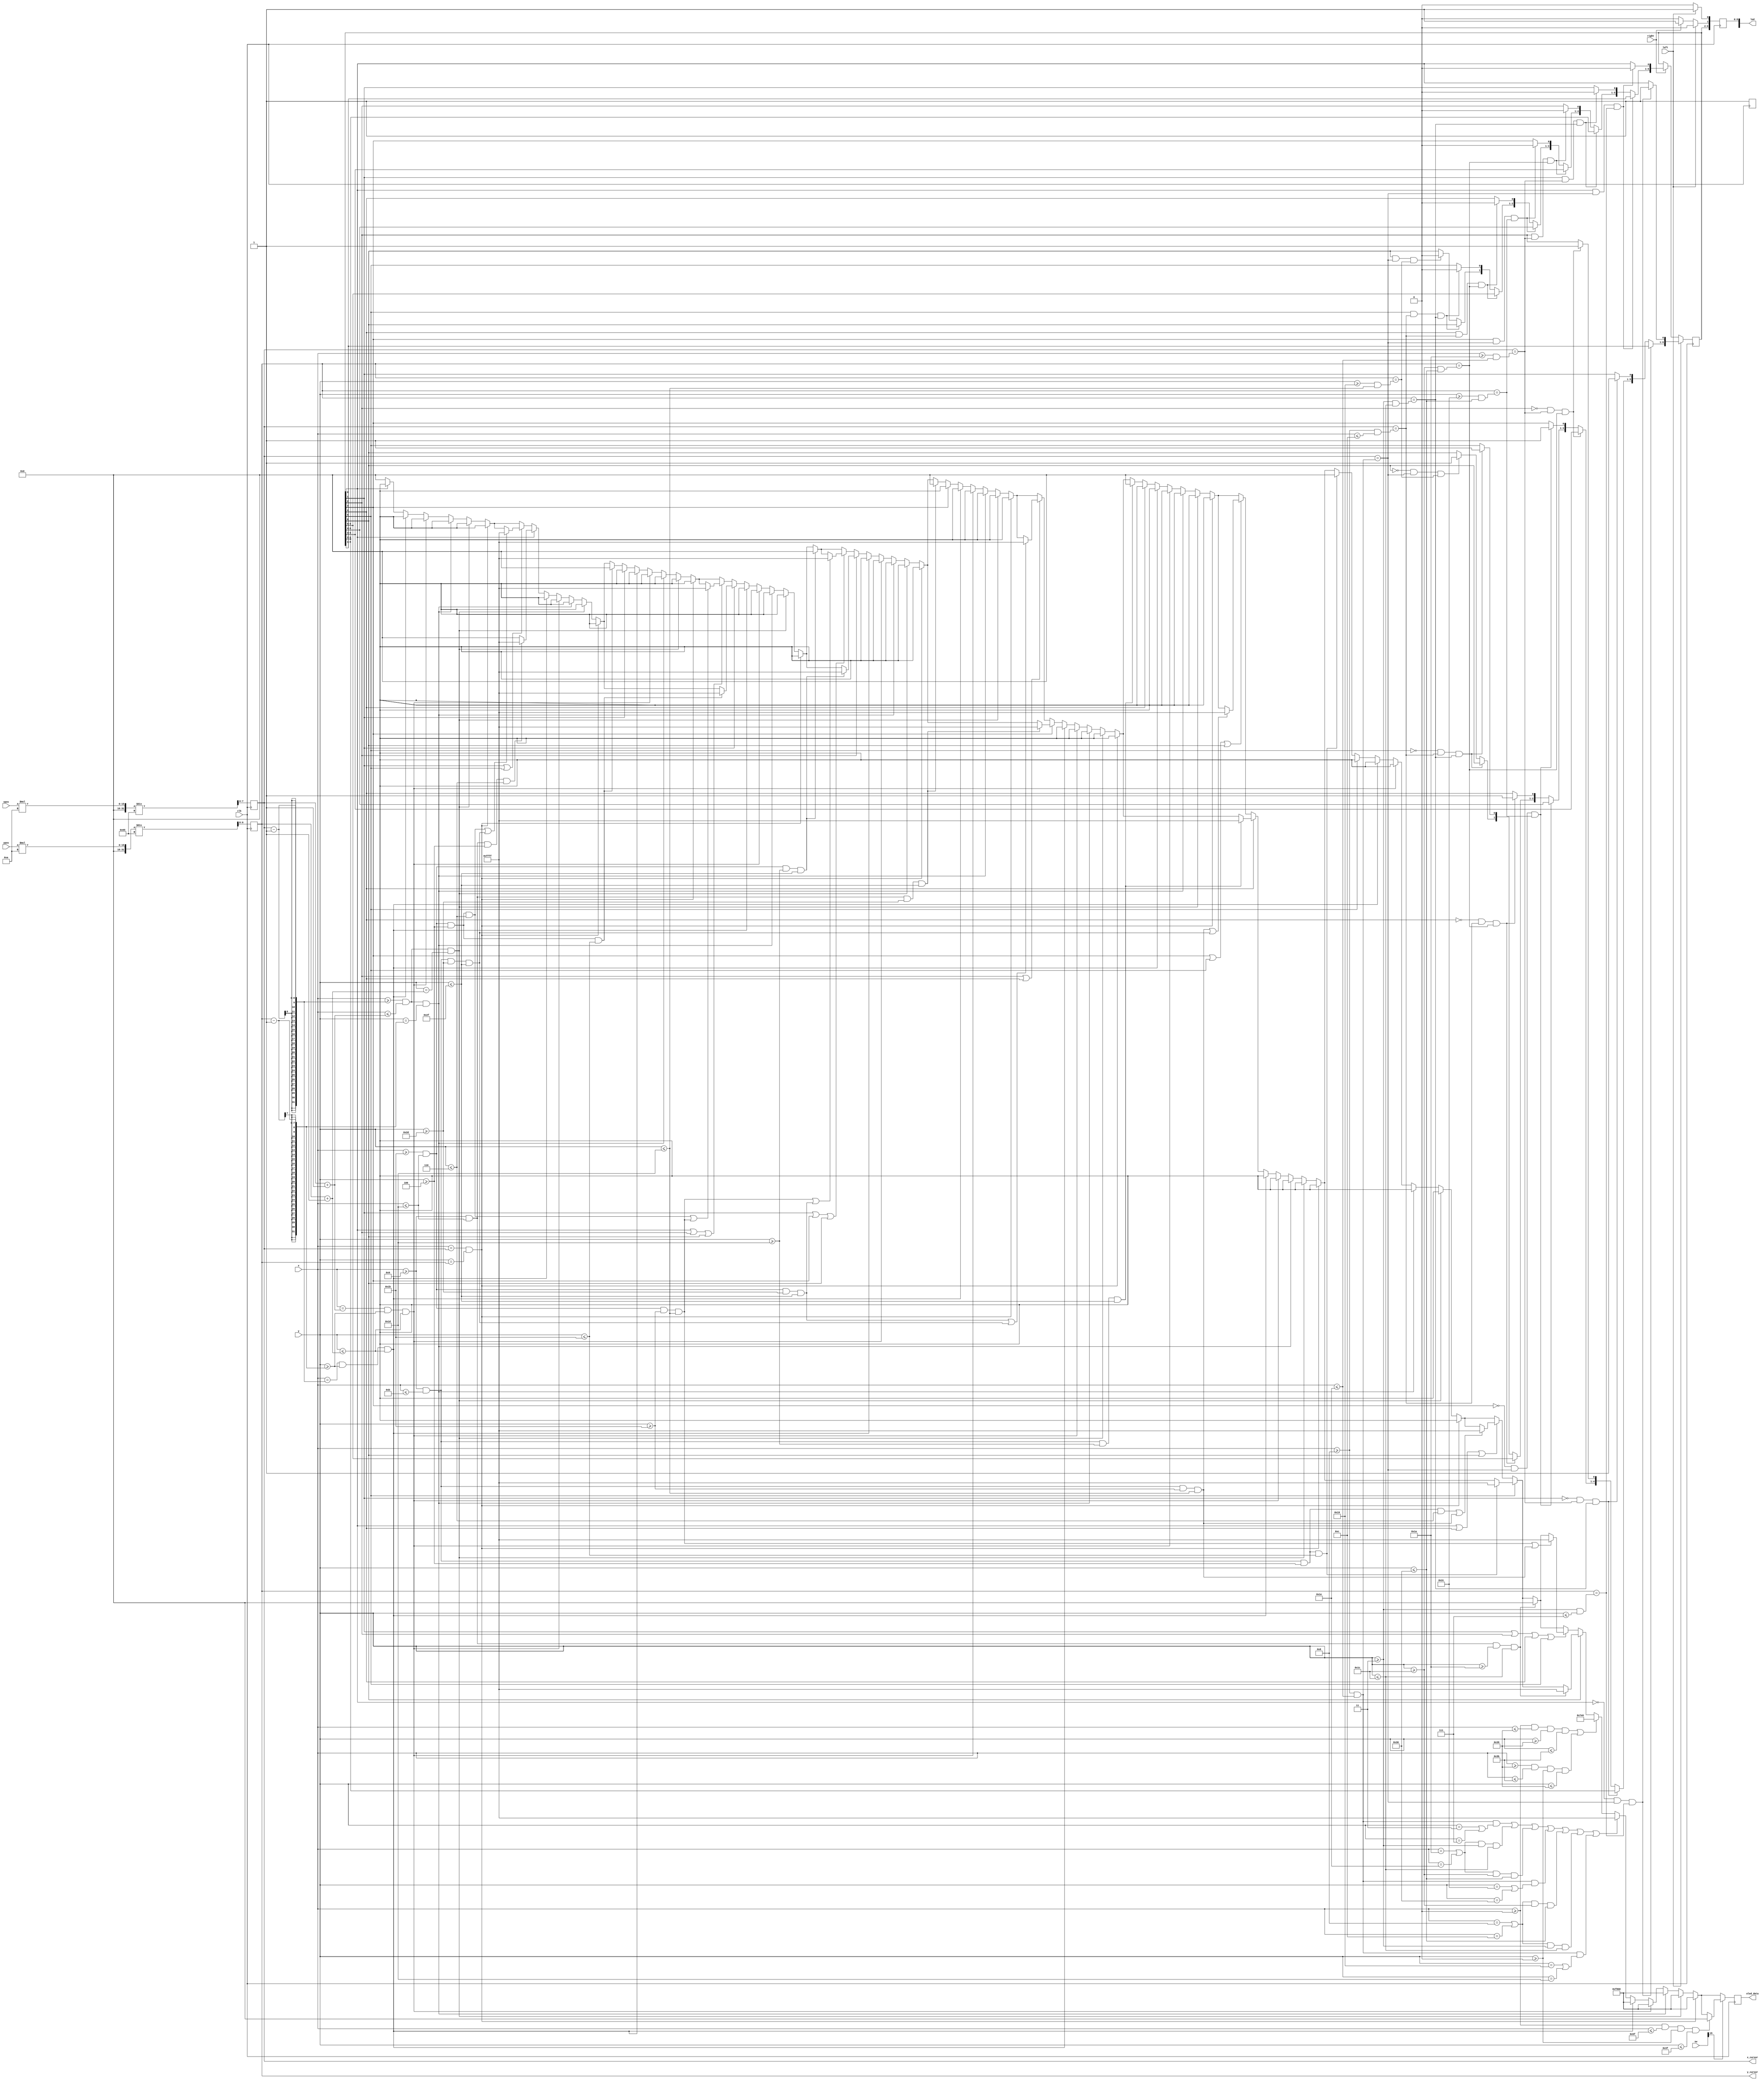
`timescale 1ns / 1ps

// TODO: incorporate the mouse directly here as the mouse functions differently in different apps
// TOOD: incorporate the audio in 

module integrated_project(
    input clk,             
    input [6:0] x,         
    input [5:0] y, 
    input [11:0] xpos,
    input [11:0] ypos,
    input left, right,
    input [15:0] sw,
    output reg [15:0]led,       
    output reg [15:0]oled_data,
//    output reg [3:0]correct_number
    // update cursors onto the main modules?
    output reg [7:0] x_cursor,
    output reg [6:0] y_cursor
    );
    integer i;
    
    // Mouse capabilities
    reg [6:0] mouse_click_reg = 7'b0;
    wire [6:0] mouse_click = mouse_click_reg; // mouse_click will take on the value of mouse_click_reg 
    
    // Audio
    reg [3:0] correct_number;
    
    wire entire_screen;
    assign entire_screen = (x>=0 && x <=95 && y>=0 && y <=63);
    
    wire border_horizontal, border_vertical, border;
    assign border_horizontal = (x>=0&&x<=57&&y>=57&&y<=59); // horizontal line
    assign border_vertical = (x>=57&&x<=59&&y>=0&&y<=57); // vertical line
    assign border = border_horizontal || border_vertical;
   
    wire [6:0] oled_seg;
    // segments are differ from outline by 1 pixel to prevent overlap
    assign oled_seg[0] = (x>=9&&x<=29&&y>=4&&y<=6);
    assign oled_seg[1] = (x>=27&&x<=29&&y>=4&&y<=27);
    assign oled_seg[2] = (x>=27&&x<=29&&y>=29&&y<=47);
    assign oled_seg[3] = (x>=9&&x<=29&&y>=45&&y<=47);
    assign oled_seg[4] = (x>=9&&x<=11&&y>=29&&y<=47);
    assign oled_seg[5] = (x>=9&&x<=11&&y>=4&&y<=27);
    assign oled_seg[6] = (x>=9&&x<=29&&y>=26&&y<=28);
    
    wire [5:0] squares;
    assign squares[0] = (x>=27&&x<=29&&y>=4&&y<=6);
    assign squares[1] = (x>=27&&x<=29&&y>=27&&y<=29);
    assign squares[2] = (x>=27&&x<=29&&y>=45&&y<=47);
    assign squares[3] = (x>=9&&x<=11&&y>=4&&y<=6);
    assign squares[4] = (x>=9&&x<=11&&y>=27&&y<=29);
    assign squares[5] = (x>=9&&x<=11&&y>=45&&y<=47);
    
    // 7-segment outlines (hard-coded)
    wire [6:0] oled_seg_outline;
    assign oled_seg_outline[0] = (x>=8&&x<=30&&(y==3||y==7));
    assign oled_seg_outline[1] = ((x==26||x==30)&&y>=3&&y<=28);
    assign oled_seg_outline[2] = ((x==26||x==30)&&y>=28&&y<=48);
    assign oled_seg_outline[3] = (x>=8&&x<=30&&(y==44||y==48));
    assign oled_seg_outline[4] = ((x==8||x==12)&&y>=28&&y<=48);
    assign oled_seg_outline[5] = ((x==8||x==12)&&y>=3&&y<=28);
    assign oled_seg_outline[6] = (x>=8&&x<=30&&(y==25||y==29));   
    wire oled_seg_outline_combined;
    assign oled_seg_outline_combined = oled_seg_outline[0] || oled_seg_outline[1] || oled_seg_outline[2] || oled_seg_outline[3] || oled_seg_outline[4] || oled_seg_outline[5] || oled_seg_outline[6];
     
    // numbers in 7-bit format to compare with mouse_click
    wire num0, num1, num2, num3, num4, num5, num6, num7, num8, num9;
    assign num0 = 7'b0;
    assign num1 = 7'b0000110;
    assign num2 = 7'b1011011;
    assign num3 = 7'b1001111;
    assign num4 = 7'b1100110;
    assign num5 = 7'b1101101;
    assign num6 = 7'b1111101;
    assign num7 = 7'b0000111;
    assign num8 = 7'b1111111;
    assign num9 = 7'b1100111;
       
    // assign colours for the oled screen
    wire [15:0] green, white, black, red;
    assign green = 16'b00000_111111_00000;
    assign red = 16'b11111_000000_00000;
    assign black = 16'b00000_000000_00000;
    assign white = 16'b11111_111111_11111;
    
    always @ (posedge clk) begin
        led[2] <= mouse_click_reg[0];
        led[3] <= mouse_click_reg[1];
        led[4] <= mouse_click_reg[2];
        led[5] <= mouse_click_reg[3];
        led[6] <= mouse_click_reg[4];
        led[7] <= mouse_click_reg[5];
        led[8] <= mouse_click_reg[6];
        led[14] <= 1; // test
        oled_data = black;        
        x_cursor <= (xpos * 10) / 101; 
        y_cursor <= (ypos * 10) / 101;
        
        // cursor click control
        if (left == 1) begin
            led[0] <= 1;
            led[1] <= 0;
            if ((mouse_click[0] == 0) && x_cursor == (x>=8&&x<=30) && y_cursor == (y>=3&&y<=7)) begin mouse_click_reg[0] = 1; end 
            else if ((mouse_click[1] == 0) && x_cursor == (x>=26&&x<=30) && y_cursor == (y>=3&&y<=28)) begin mouse_click_reg[1] = 1; end
            else if ((mouse_click[2] == 0) && x_cursor == (x>=26&&x<=30) && y_cursor == (y>=28&&y<=48)) begin mouse_click_reg[2] = 1; end
            else if ((mouse_click[3] == 0) && x_cursor == (x>=8&&x<=30) && y_cursor == (y>=44&&y<=48)) begin mouse_click_reg[3] = 1; end
            else if ((mouse_click[4] == 0) && x_cursor == (x>=8&&x<=12) && y_cursor == (y>=28&&y<=48)) begin mouse_click_reg[4] = 1; end
            else if ((mouse_click[5] == 0) && x_cursor == (x>=8&&x<=12) && y_cursor == (y>=3&&y<=28)) begin mouse_click_reg[5] = 1; end
            else if ((mouse_click[6] == 0) && x_cursor == (x>=8&&x<=30) && y_cursor == (y>=25&&y<=29)) begin mouse_click_reg[6] = 1; end
        end
        
        else if (right == 1) begin
            led[1] <= 1;
            led[0] <= 0;
            if ((mouse_click[0] == 1) && x_cursor == (x>=8&&x<=30) && y_cursor == (y>=3&&y<=7)) begin mouse_click_reg[0] = 0; end 
            else if ((mouse_click[1] == 1) && x_cursor == (x>=26&&x<=30) && y_cursor == (y>=3&&y<=28)) begin mouse_click_reg[1] = 0; end
            else if ((mouse_click[2] == 1) && x_cursor == (x>=26&&x<=30) && y_cursor == (y>=28&&y<=48)) begin mouse_click_reg[2] = 0; end
            else if ((mouse_click[3] == 1) && x_cursor == (x>=8&&x<=30) && y_cursor == (y>=44&&y<=48)) begin mouse_click_reg[3] = 0; end
            else if ((mouse_click[4] == 1) && x_cursor == (x>=8&&x<=12) && y_cursor == (y>=28&&y<=48)) begin mouse_click_reg[4] = 0; end
            else if ((mouse_click[5] == 1) && x_cursor == (x>=8&&x<=12) && y_cursor == (y>=3&&y<=28)) begin mouse_click_reg[5] = 0; end
            else if ((mouse_click[6] == 1) && x_cursor == (x>=8&&x<=30) && y_cursor == (y>=25&&y<=29)) begin mouse_click_reg[6] = 0; end
        end
        else begin
            led[0] <= 0;
            led[1] <= 0;
        end
        
        // cursor control
        if(x == x_cursor && y == y_cursor) begin // center dot of the cursor
          oled_data = 16'b11111_000000_00000;
        end 
        else if (x >= x_cursor-1 && x <= x_cursor+1 && y == y_cursor+1) begin
        // top row of the 3x3 cursor
            oled_data = 16'b11111_000000_00000;
        end
        else if (x >= x_cursor-1 && x <= x_cursor+1 && y == y_cursor-1) begin
        // bottom row of the 3x3 cursor
            oled_data = 16'b11111_000000_00000;
        end
        else if (x == x_cursor+1 && y >= y_cursor-1 && y <= y_cursor+1) begin
        // left column of the 3x3 cursor
            oled_data = 16'b11111_000000_00000;
        end
        else if (x== x_cursor-1 && y >= y_cursor-1 && y <= y_cursor+1) begin
        // right column of the 3x3 cursor
            oled_data = 16'b11111_000000_00000;
        end
      else begin
        for(i = 0; i < 7; i = i+1) begin    
            if(mouse_click[i] == 0) begin
                if(oled_seg[i]) begin
                    oled_data = black;
                end
                case(i)
                    0: if(mouse_click[1] == 1 || mouse_click[5] == 1) begin if(squares[0] || squares[5]) begin oled_data = white; end end
                    1: if(mouse_click[0] == 1 || mouse_click[2] == 1 || mouse_click[6] == 1) begin if (squares[0] || squares[1]) begin oled_data = white; end end
                    2: if(mouse_click[1] == 1 || mouse_click[3] == 1 || mouse_click[6] == 1) begin if(squares[1] || squares[2]) begin oled_data = white; end end
                    3: if(mouse_click[2] == 1 || mouse_click[4] == 1) begin if(squares[2] || squares[5]) begin oled_data = white; end end
                    4: if(mouse_click[3] == 1 || mouse_click[5] == 1 || mouse_click[6] == 1) begin if(squares[4] || squares[5]) begin oled_data = white; end end
                    5: if(mouse_click[0] == 1 || mouse_click[4] == 1 || mouse_click[6] == 1) begin if(squares[3] || squares[4]) begin oled_data = white; end end
                    6: if(mouse_click[1] == 1 || mouse_click[2] == 1 || mouse_click[4] == 1 || mouse_click[5] == 1) begin if(squares[1] || squares[4]) begin oled_data = white; end end
                endcase
            end
            else if (mouse_click[i] == 1) begin
                if(oled_seg[i]) begin
                    oled_data = white;
                end
            end  
        end
        // border will always be turned on
        if (border) begin // border on
           oled_data = green;
        end
        // oled_seg outline will always be turned on
        if(oled_seg_outline_combined) begin
           oled_data = white;
        end
      end
        // check correct number, return the number
        // replace this with the actual audio implementation
        case(mouse_click) 
            num0: correct_number = 4'b0000;
            num1: correct_number = 4'b0001;
            num2: correct_number = 4'b0010;
            num3: correct_number = 4'b0011;
            num4: correct_number = 4'b0100;
            num5: correct_number = 4'b0101;
            num6: correct_number = 4'b0110;
            num7: correct_number = 4'b0111;
            num8: correct_number = 4'b1000;
            num9: correct_number = 4'b1001;
            default: correct_number = 4'b1111;
        endcase
                      
        if(sw[15] == 1) begin // set switch 15 as the reset switch
            if (entire_screen) begin
             oled_data = black;
            end
        end  
    end // always @
endmodule